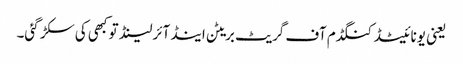
یعنی یونائیٹڈ کنگڈم آف گریٹ بریٹن اینڈ آئرلینڈ تو کبھی کی سکڑ گئی۔